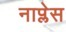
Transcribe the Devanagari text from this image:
नाप्लेस